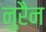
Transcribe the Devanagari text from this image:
नुरैन